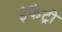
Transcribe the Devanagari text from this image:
इंफैंट्री